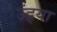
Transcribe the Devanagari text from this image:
उंद्र्या